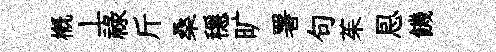
概丄祿斤桑穩旷署句茱㤙饑